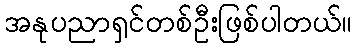
အနုပညာရှင်တစ်ဦးဖြစ်ပါတယ်။